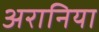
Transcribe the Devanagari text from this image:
अरानिया